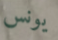
يونس